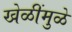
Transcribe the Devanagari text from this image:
खेळींमुळे